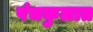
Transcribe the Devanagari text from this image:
पंचकुलात